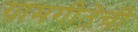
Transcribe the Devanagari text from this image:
ग्रामगीतेची